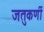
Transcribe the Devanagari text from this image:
जतुकर्णी